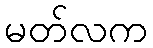
မတ်လက